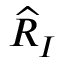
{ \widehat { R } } _ { I }